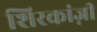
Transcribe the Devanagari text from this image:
शिरकांज़ी